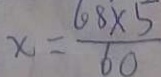
x = \frac { 6 8 \times 5 } { 6 0 }